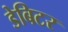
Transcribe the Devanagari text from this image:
डेबिटर